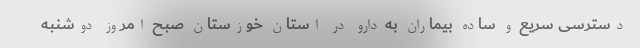
دسترسی سریع و ساده بیماران به دارو در استان خوزستان صبح امروز دوشنبه